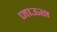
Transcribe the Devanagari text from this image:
जाऊस